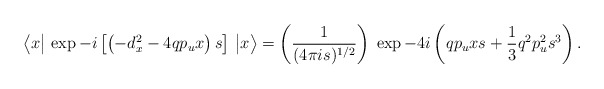
\begin{align*}\big\langle x\big\vert\, \exp -i\left[\left(-d_{x}^2-4q p_u x\right)s\right]\, \big \vert x\big\rangle= \left({1 \over {(4\pi is)^{1/2}}}\right)\;\exp -4i\left(q p_u xs + {1 \over 3} q^2 p_u^2 s^3\right).\end{align*}